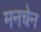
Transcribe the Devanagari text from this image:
मनचेन